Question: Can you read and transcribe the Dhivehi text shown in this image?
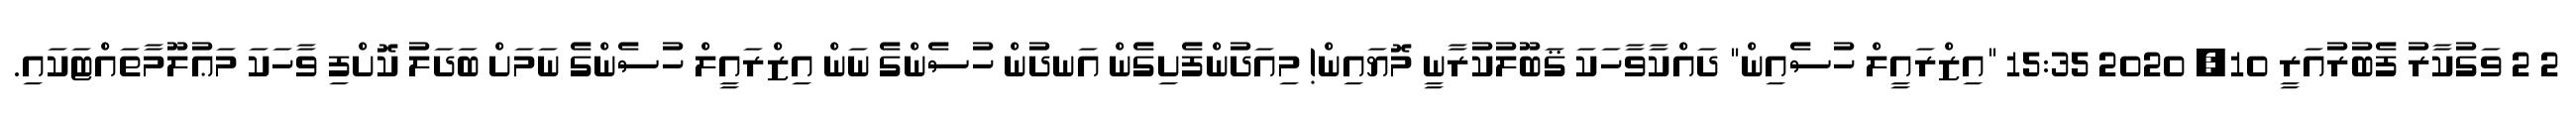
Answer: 2 2 ވަގުކާރު ފެބުރުއަރީ 10, 2020 15:35 "އިޒްރައީލް ހުސެއިން" ދައްކާވާހަކަ ޤަބޫލުކުރާނީ މޮޔައިން! މިއަދުންފެށިގެން އަނދުން ހުސެންގެ ނަން އިޒްރައީލް ހުސެންގެ ނަމަށް ބަދަލު ކޮށްފި ވާހަކަ މަޢުލޫމާތައްޓަކައި.